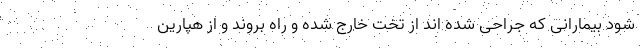
شود بیمارانی که جراحی شده اند از تخت خارج شده و راه بروند و از هپارین